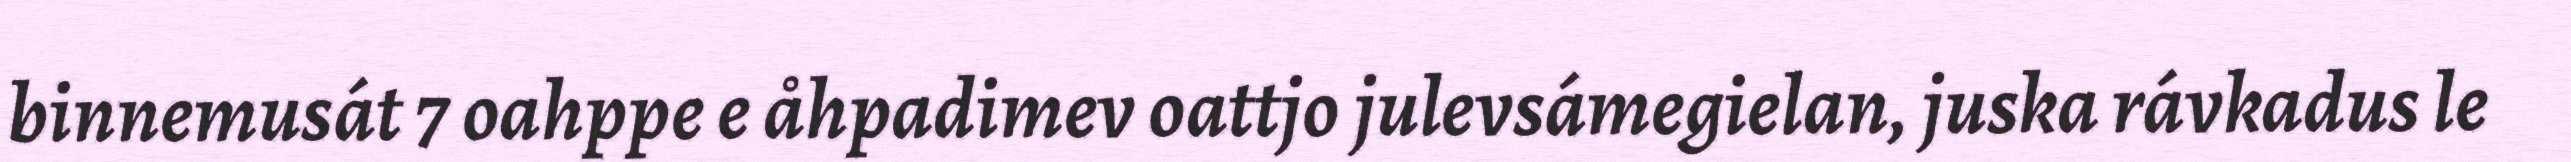
binnemusát 7 oahppe e åhpadimev oattjo julevsámegielan, juska rávkadus le